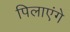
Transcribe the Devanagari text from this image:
पिलाएंगे